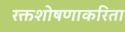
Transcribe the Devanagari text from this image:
रक्तशोषणाकरिता